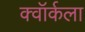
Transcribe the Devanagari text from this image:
क्वॉर्कला